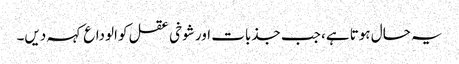
یہ حال ہوتا ہے، جب جذبات اور شوخی عقل کو الوداع کہہ دیں۔